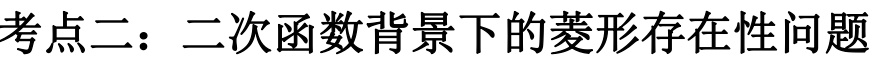
考点二：二次函数背景下的菱形存在性问题